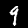
Label: 9